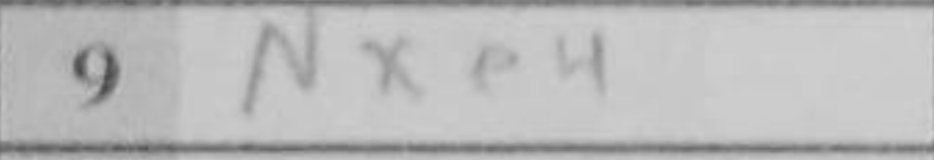
Transcription: Nxe4